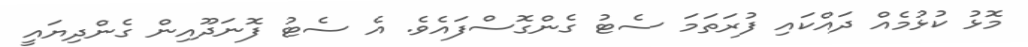
މޮޅު ކުޅުމެއް ދައްކައި ފުރަތަމަ ސެޓު ގެންގޮސްފައެވެ. އެ ސެޓު ފޮނަދޫއިން ގެންދިޔައީ